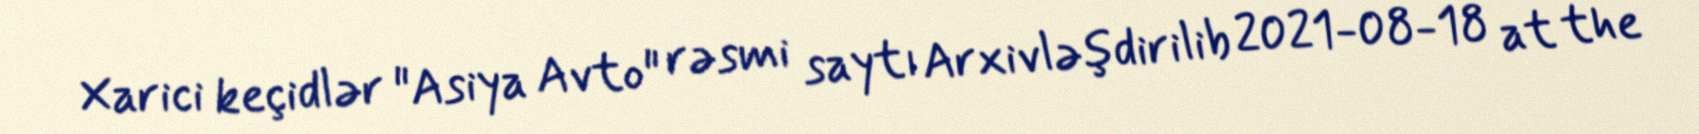
Xarici keçidlər "Asiya Avto" rəsmi saytı Arxivləşdirilib 2021-08-18 at the